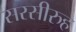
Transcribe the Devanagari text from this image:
सरसीरुह